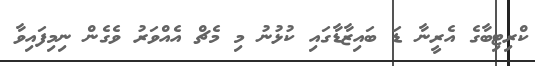
ކްރިޓިބާގެ އެރީނާ ޑަ ބައިޒާޑާގައި ކުޅުނު މި މެޗް އެއްވަރު ވެގެން ނިމިފައިވާ